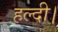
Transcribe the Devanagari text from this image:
हल्दी।